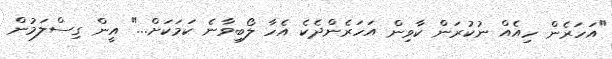
"އަހަރެން ހިއެއް ނުކުރަން ކާވިން އަހަރެންދެކެ އެހާ ލޯބިވާނެ ކަމަކަށް..." އީން ގިސްލަމުން